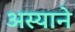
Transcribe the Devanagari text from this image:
अस्याने